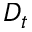
D _ { t }